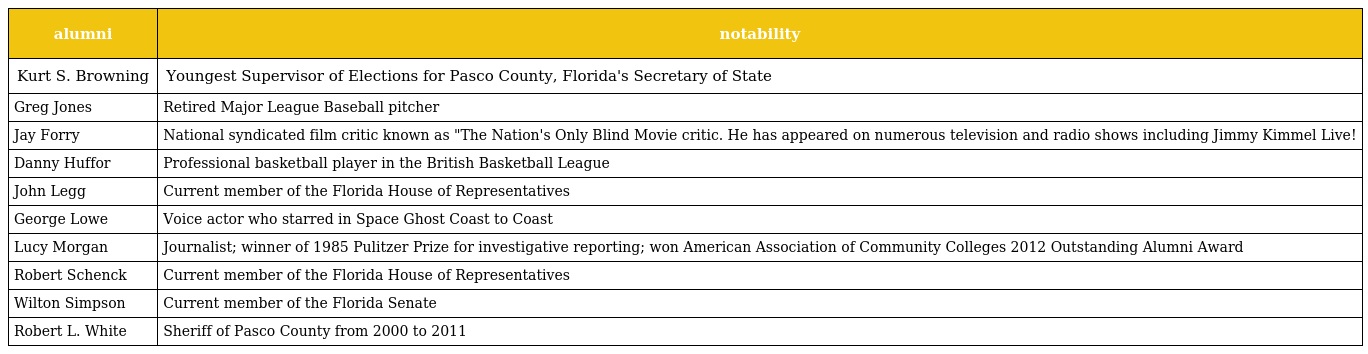
| alumni | notability |
 | --- | --- |
 | Kurt S. Browning | Youngest Supervisor of Elections for Pasco County, Florida's Secretary of State |
 | Greg Jones | Retired Major League Baseball pitcher |
 | Jay Forry | National syndicated film critic known as "The Nation's Only Blind Movie critic. He has appeared on numerous television and radio shows including Jimmy Kimmel Live! |
 | Danny Huffor | Professional basketball player in the British Basketball League |
 | John Legg | Current member of the Florida House of Representatives |
 | George Lowe | Voice actor who starred in Space Ghost Coast to Coast |
 | Lucy Morgan | Journalist; winner of 1985 Pulitzer Prize for investigative reporting; won American Association of Community Colleges 2012 Outstanding Alumni Award |
 | Robert Schenck | Current member of the Florida House of Representatives |
 | Wilton Simpson | Current member of the Florida Senate |
 | Robert L. White | Sheriff of Pasco County from 2000 to 2011 |